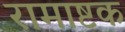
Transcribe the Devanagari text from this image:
रामाष्टक